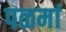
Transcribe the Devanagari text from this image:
पळमां